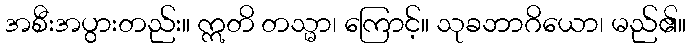
အစီးအပွားတည်း။ ဣတိ တသ္မာ၊ ကြောင့်။ သုခဘာဂိယော၊ မည်၏။